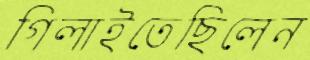
গিলাইতেছিলেন